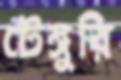
টেঙ্গুরি